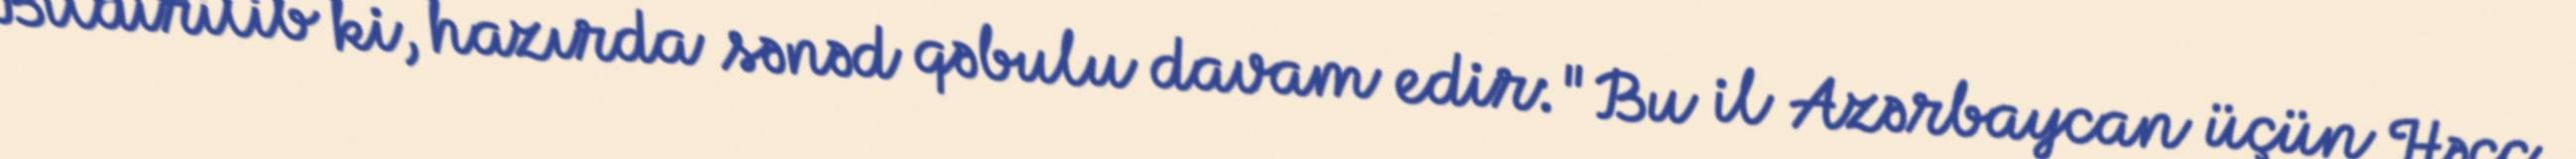
Bildirilib ki, hazırda sənəd qəbulu davam edir: "Bu il Azərbaycan üçün Həcc